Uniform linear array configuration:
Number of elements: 8
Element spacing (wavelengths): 0.5
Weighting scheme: hann
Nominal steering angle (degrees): -45
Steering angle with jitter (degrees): -44.49
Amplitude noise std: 0.05
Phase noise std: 0.05

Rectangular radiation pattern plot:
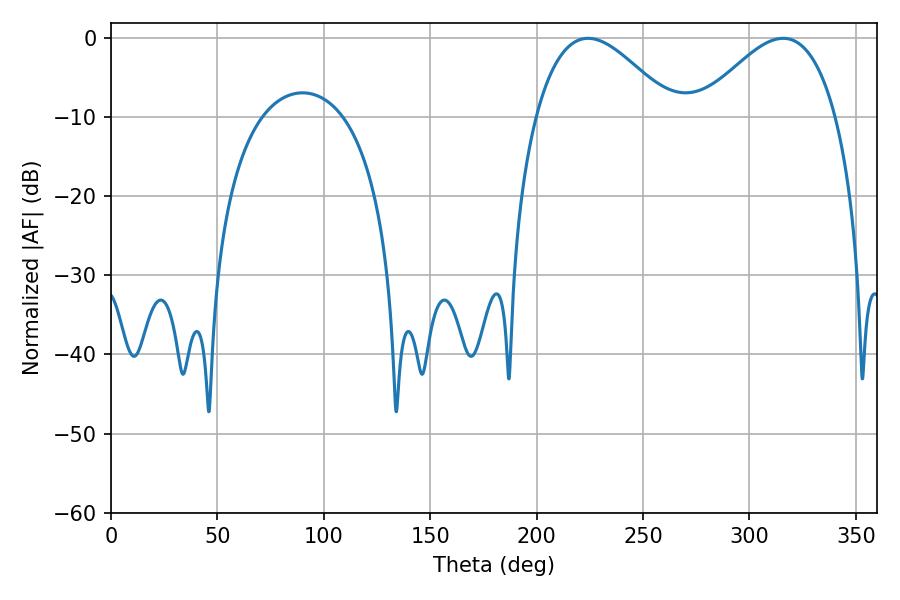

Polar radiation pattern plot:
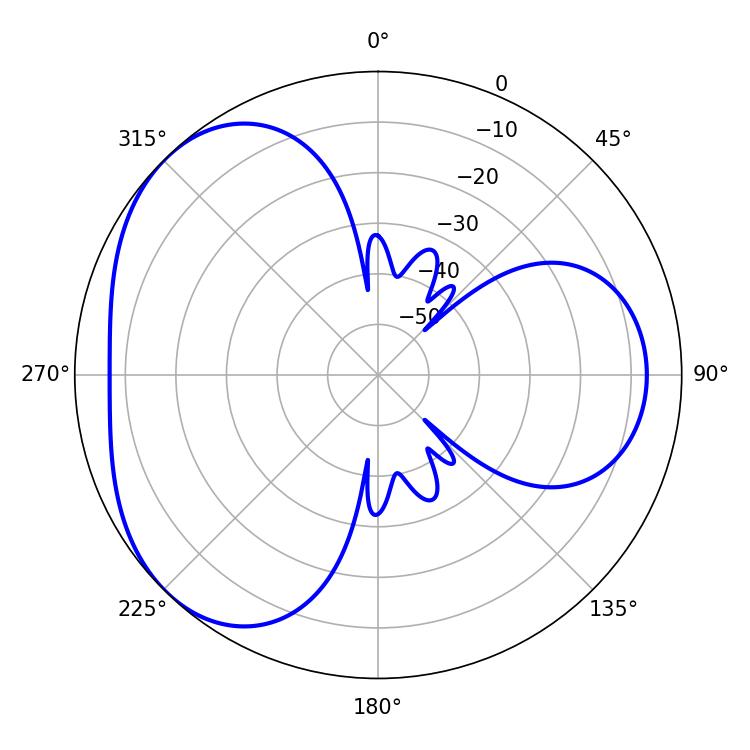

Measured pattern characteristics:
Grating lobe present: FALSE
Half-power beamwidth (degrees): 34.92
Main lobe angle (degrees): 224.1